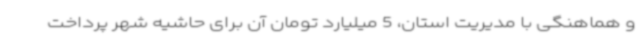
و هماهنگی با مدیریت استان، 5 میلیارد تومان آن برای حاشیه شهر پرداخت